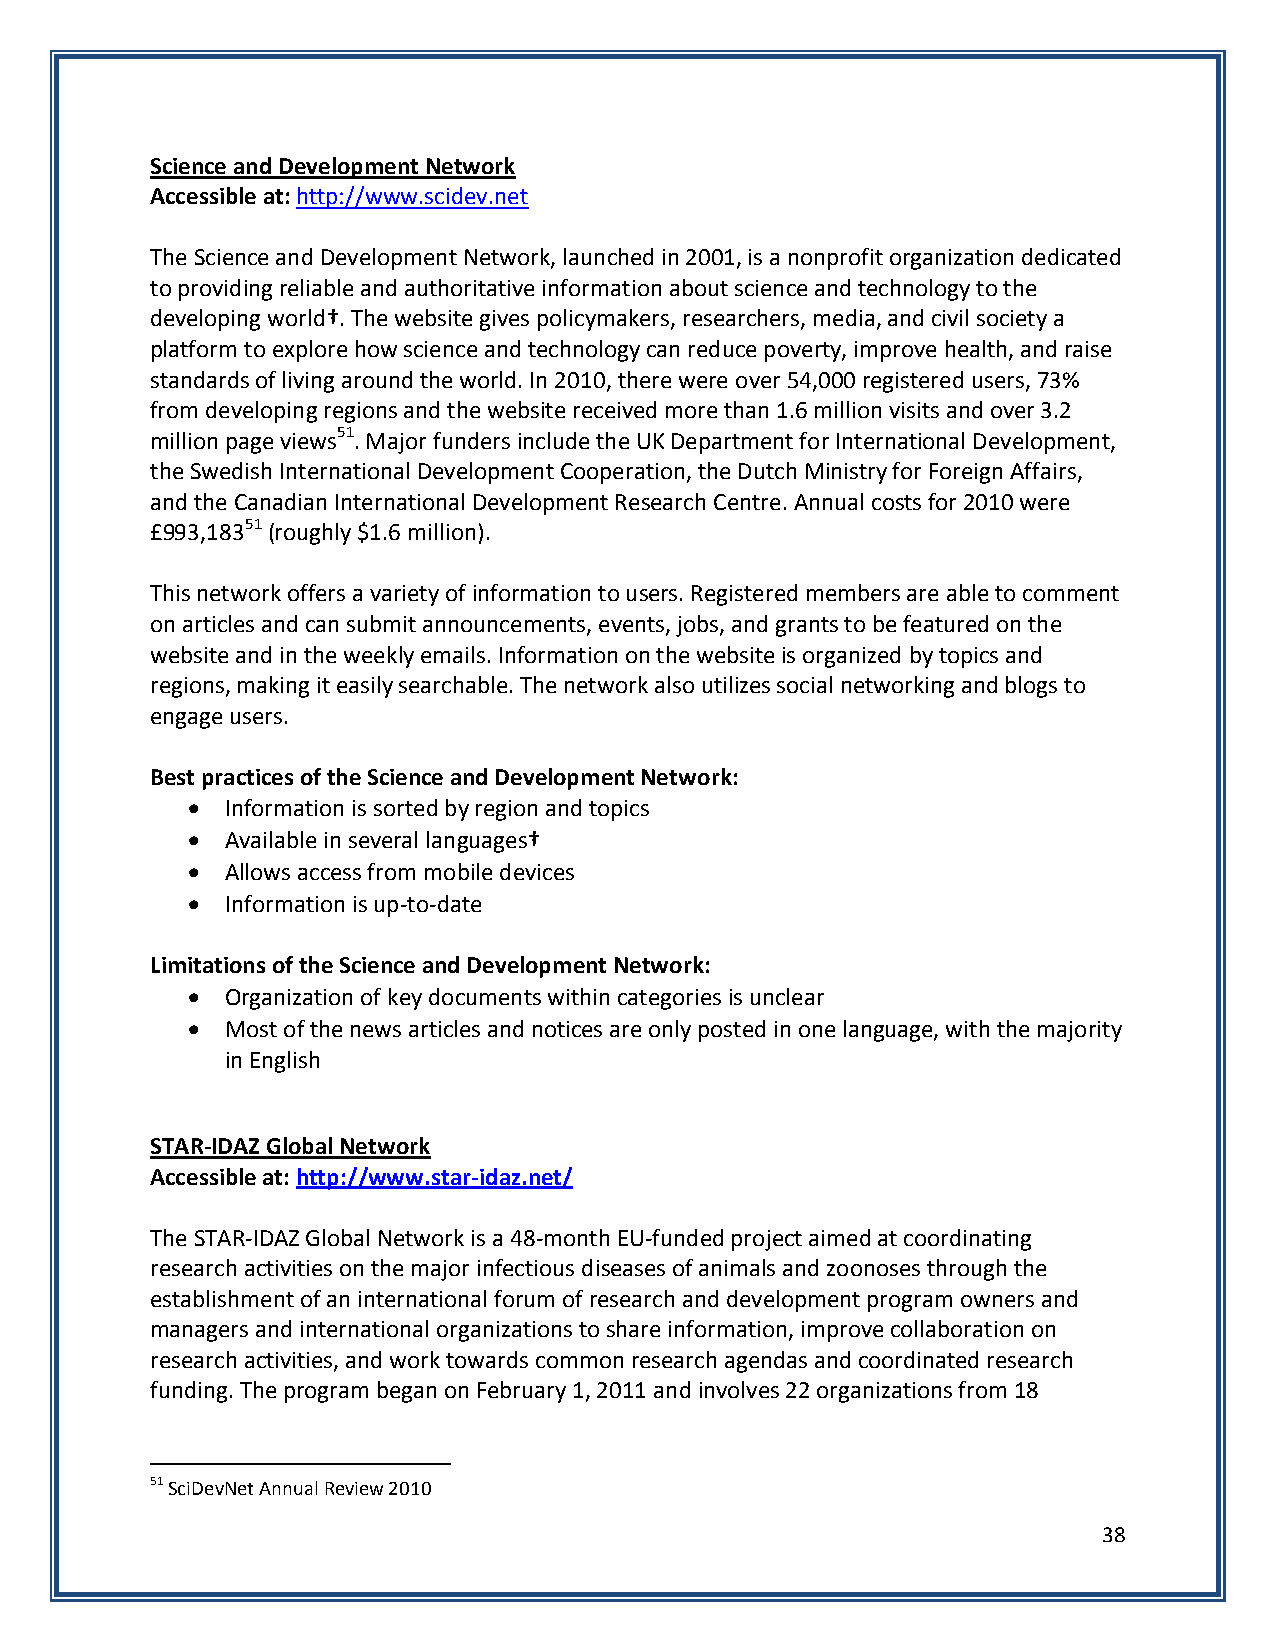
Science and Development Network
 Accessible at: http://www.scidev.net
 The Science and Development Network, launched in 2001, is a nonprofit organization dedicated
 to providing reliable and authoritative information about science and technology to the
 developing world†. The website gives policymakers, researchers, media, and civil society a
 platform to explore how science and technology can reduce poverty, improve health, and raise
 standards of living around the world. In 2010, there were over 54,000 registered users, 73%
 from developing regions and the website received more than 1.6 million visits and over 3.2
 million page views51. Major funders include the UK Department for International Development,
 the Swedish International Development Cooperation, the Dutch Ministry for Foreign Affairs,
 and the Canadian International Development Research Centre. Annual costs for 2010 were
 £993,18351 (roughly $1.6 million).
 This network offers a variety of information to users. Registered members are able to comment
 on articles and can submit announcements, events, jobs, and grants to be featured on the
 website and in the weekly emails. Information on the website is organized by topics and
 regions, making it easily searchable. The network also utilizes social networking and blogs to
 engage users.
 Best practices of the Science and Development Network:
   Information is sorted by region and topics
   Available in several languages†
   Allows access from mobile devices
   Information is up-to-date
 Limitations of the Science and Development Network:
   Organization of key documents within categories is unclear
   Most of the news articles and notices are only posted in one language, with the majority
 in English
 STAR-IDAZ Global Network
 Accessible at: http://www.star-idaz.net/
 The STAR-IDAZ Global Network is a 48-month EU-funded project aimed at coordinating
 research activities on the major infectious diseases of animals and zoonoses through the
 establishment of an international forum of research and development program owners and
 managers and international organizations to share information, improve collaboration on
 research activities, and work towards common research agendas and coordinated research
 funding. The program began on February 1, 2011 and involves 22 organizations from 18
 51 SciDevNet Annual Review 2010
 38